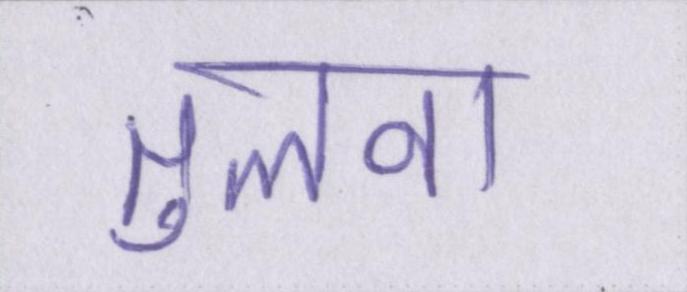
तुलना